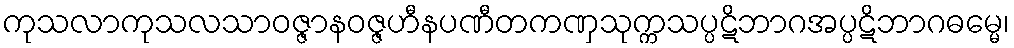
ကုသလာကုသလသာဝဇ္ဇာနဝဇ္ဇဟီနပဏီတကဏှသုက္ကသပ္ပဋိဘာဂအပ္ပဋိဘာဂဓမ္မေ၊